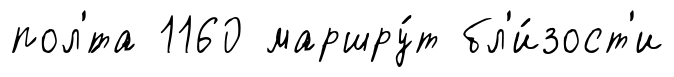
пол'́та 1160 маршру́т бл'и́зост'и